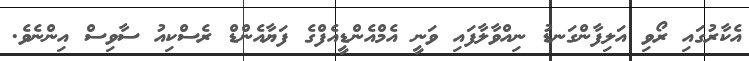
އެކާރުގައި ރޯވި އަލިފާންގަނޑު ނިއްވާލާފައި ވަނީ އެމްއެންޑީއެފްގެ ފަޔާއެންޑް ރެސްކިއު ސާވިސް އިންނެވެ.